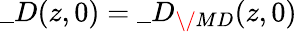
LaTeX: \_ D(z,0)=\_ D_{\/ {MD}}(z,0)